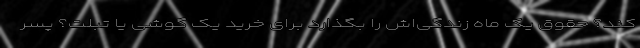
کند؟ حقوق یک ماه زندگی‌اش را بگذارد برای خرید یک گوشی یا تبلت؟ پسر